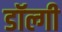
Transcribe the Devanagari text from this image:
डॉल्गी